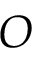
O